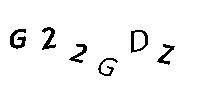
G22GDZ